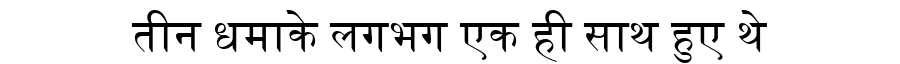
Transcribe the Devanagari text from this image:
तीन धमाके लगभग एक ही साथ हुए थे